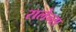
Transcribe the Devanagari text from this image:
रालेन्स